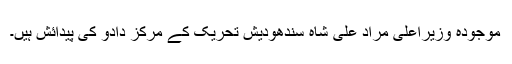
موجودہ وزیراعلیٰ مراد علی شاہ سندھودیش تحریک کے مرکز دادو کی پیدائش ہیں۔